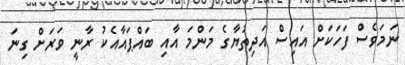
ނަމަވެސް ފަހަކަށް އައިސް އަދިތުޔާގެ މަންމަ އާއި ބައްޕައާއެކު ރާނީ ވަރަށް ގިނަ